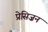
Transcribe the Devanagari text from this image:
प्रेसिज़न